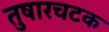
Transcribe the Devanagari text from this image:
तुषारचटक